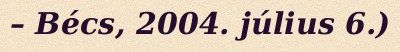
– Bécs, 2004. július 6.)